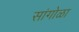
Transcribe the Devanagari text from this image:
सांगोळा